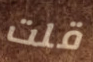
قلت